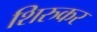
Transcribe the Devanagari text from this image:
शिरुकर